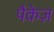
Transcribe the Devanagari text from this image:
पैकेज़